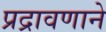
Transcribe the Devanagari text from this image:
प्रद्रावणाने